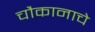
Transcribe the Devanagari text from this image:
चौकानाचे